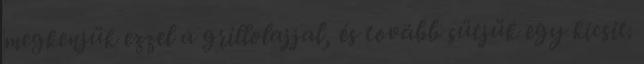
megkenjük ezzel a grillolajjal, és tovább sütjük egy kicsit.